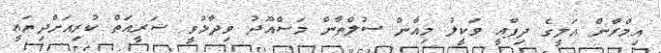
އިމްރާން އަލީގެ ދިފާއީ ވަކީލު މިއާން ސުލްތާން މަސްއޫދު ވިދާޅުވީ ޝަރީއަތް ކުރިއަށްދިޔައީ